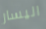
اليسار